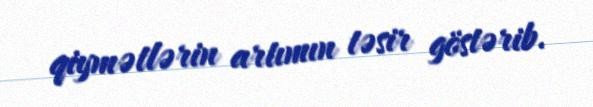
qiymətlərin artımın təsir göstərib.